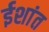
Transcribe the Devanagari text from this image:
ईशांत